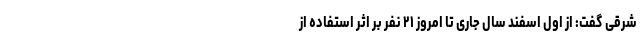
شرقی گفت: از اول اسفند سال جاری تا امروز ۲۱ نفر بر اثر استفاده از